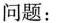
问题：